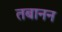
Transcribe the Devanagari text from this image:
तबानन